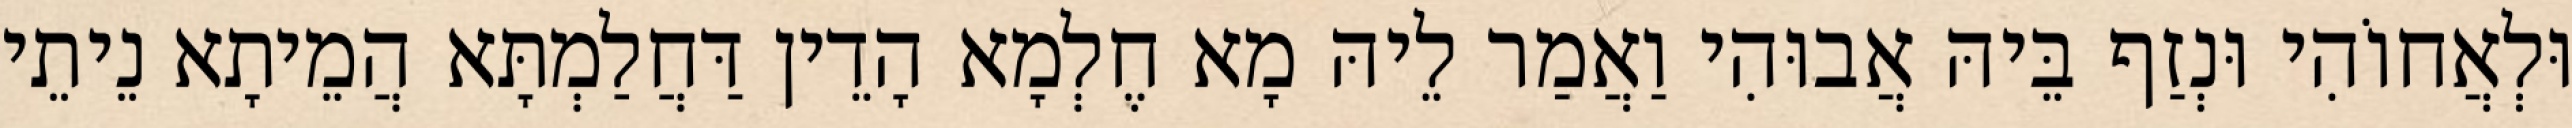
וּלְאֲחוֹהִי וּנְזַף בֵּיהּ אֲבוּהִי וַאֲמַר לֵיהּ מָא חֶלְמָא הָדֵין דַּחֲלַמְתָּא הֲמֵיתָא נֵיתֵי